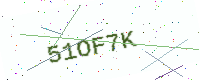
Text: 51OF7K